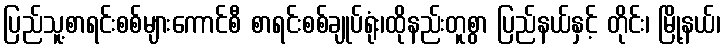
ပြည်သူ့စာရင်းစစ်များကောင်စီ စာရင်းစစ်ချုပ်ရုံး၊ထိုနည်းတူစွာ ပြည်နယ်နှင့် တိုင်း၊ မြို့နယ်၊